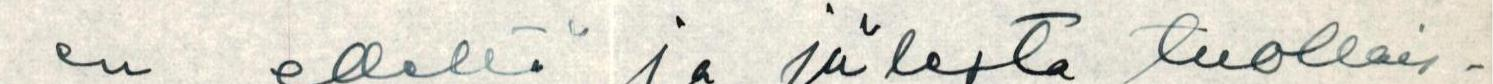
en edeltä ja jälestät uollais-